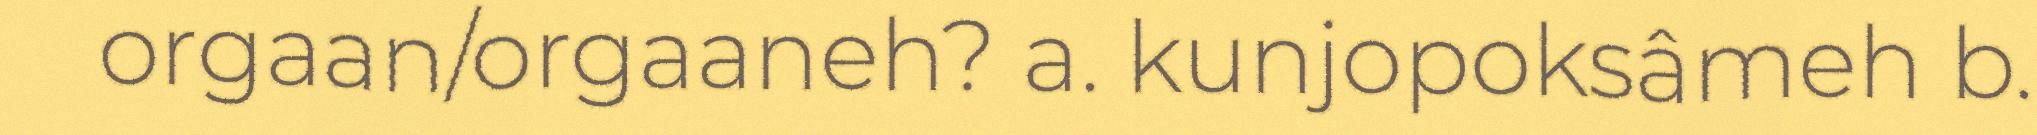
orgaan/orgaaneh? a. kunjopoksâmeh b.